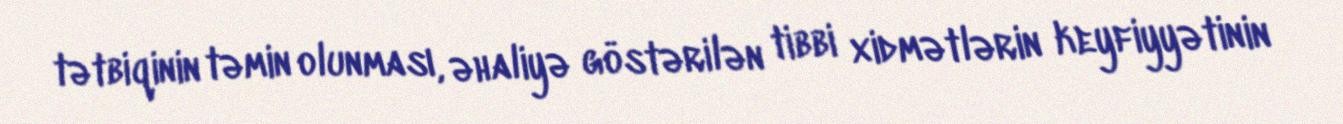
tətbiqinin təmin olunması, əhaliyə göstərilən tibbi xidmətlərin keyfiyyətinin